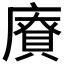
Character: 𪪡